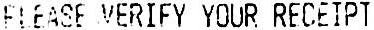
PLEASE VERIFY YOUR RECEIPT